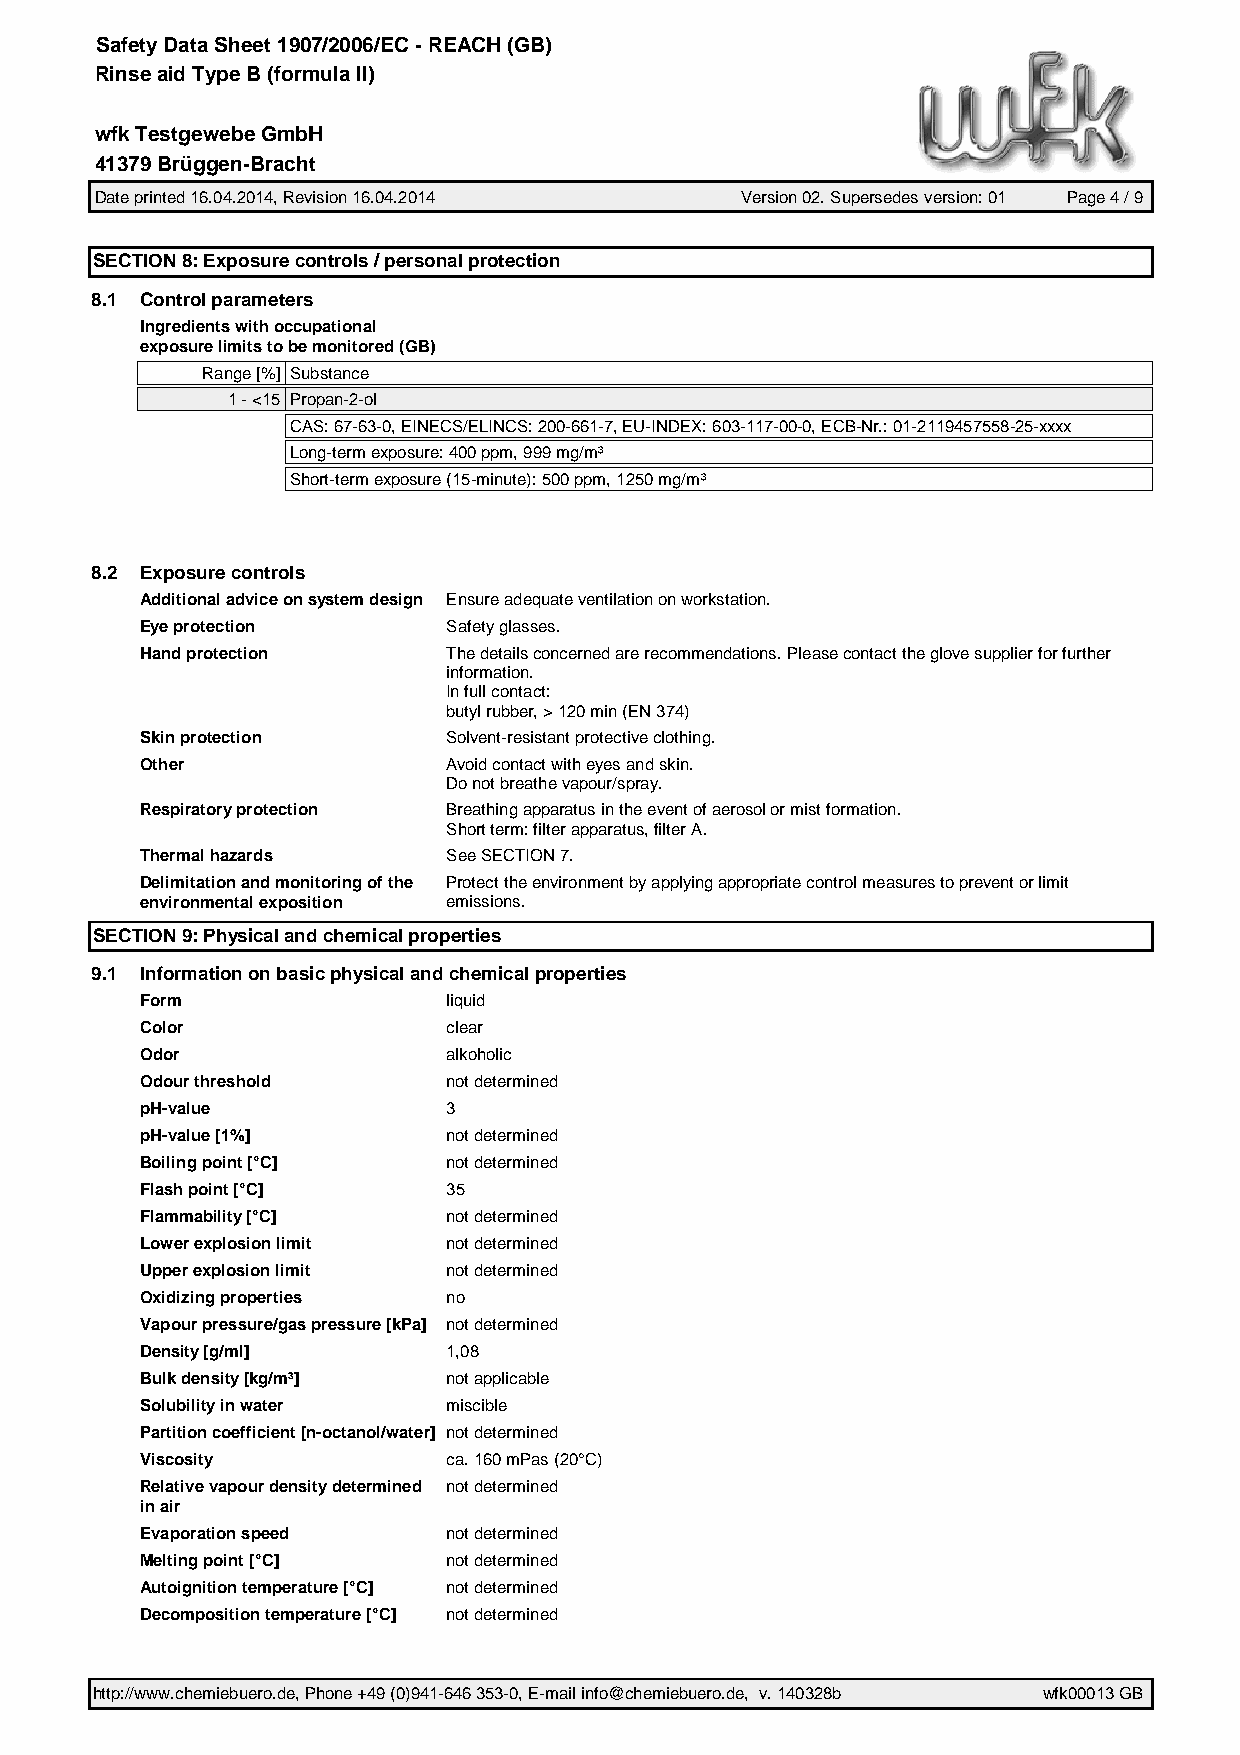
Safety Data Sheet 1907/2006/EC - REACH (GB)
 Rinse aid Type B (formula II)
 wfk Testgewebe GmbH
 41379 Brüggen-Bracht
 Date printed 16.04.2014, Revision 16.04.2014 Version 02. Supersedes version: 01 Page 4 / 9
 SECTION 8: Exposure controls / personal protection
 8.1 Control parameters
 Ingredients with occupational
 exposure limits to be monitored (GB)
 Range [%] Substance
 1 - <15 Propan-2-ol
 CAS: 67-63-0, EINECS/ELINCS: 200-661-7, EU-INDEX: 603-117-00-0, ECB-Nr.: 01-2119457558-25-xxxx
 Long-term exposure: 400 ppm, 999 mg/m³
 Short-term exposure (15-minute): 500 ppm, 1250 mg/m³
 8.2 Exposure controls
 Additional advice on system design Ensure adequate ventilation on workstation.
 Eye protection       Safety glasses.
 Hand protection      The details concerned are recommendations. Please contact the glove supplier for further
 information.
 In full contact:
 butyl rubber, > 120 min (EN 374)
 Skin protection      Solvent-resistant protective clothing.
 Other                Avoid contact with eyes and skin.
 Do not breathe vapour/spray.
 Respiratory protection Breathing apparatus in the event of aerosol or mist formation.
 Short term: filter apparatus, filter A.
 Thermal hazards      See SECTION 7.
 Delimitation and monitoring of the Protect the environment by applying appropriate control measures to prevent or limit
 environmental exposition emissions.
 SECTION 9: Physical and chemical properties
 9.1 Information on basic physical and chemical properties
 Form                 liquid
 Color                clear
 Odor                 alkoholic
 Odour threshold      not determined
 pH-value             3
 pH-value [1%]        not determined
 Boiling point [°C]   not determined
 Flash point [°C]     35
 Flammability [°C]    not determined
 Lower explosion limit not determined
 Upper explosion limit not determined
 Oxidizing properties no
 Vapour pressure/gas pressure [kPa] not determined
 Density [g/ml]       1,08
 Bulk density [kg/m³] not applicable
 Solubility in water  miscible
 Partition coefficient [n-octanol/water] not determined
 Viscosity            ca. 160 mPas (20°C)
 Relative vapour density determined not determined
 in air
 Evaporation speed    not determined
 Melting point [°C]   not determined
 Autoignition temperature [°C] not determined
 Decomposition temperature [°C] not determined
 http://www.chemiebuero.de, Phone +49 (0)941-646 353-0, E-mail info@chemiebuero.de, v. 140328b wfk00013 GB